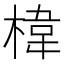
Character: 椲